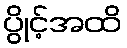
ပွိုင့်အထိ